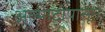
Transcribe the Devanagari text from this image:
अल्माटीपासून